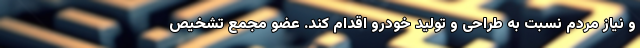
و نیاز مردم نسبت به طراحی و تولید خودرو اقدام کند. عضو مجمع تشخیص